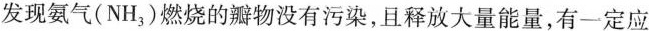
发现氨气(NH_{3})燃烧的瓣物没有污染，且释放大量能量，有一定应